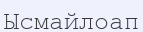
Ысмайлоап